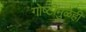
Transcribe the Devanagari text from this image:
गोष्टींमुळेही